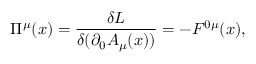
\Pi ^ { \mu } ( x ) = \frac { \delta L } { \delta ( \partial _ { 0 } A _ { \mu } ( x ) ) } = - F ^ { 0 \mu } ( x ) ,